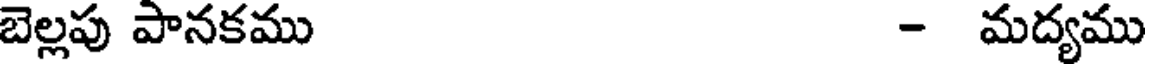
బెల్లపు పానకము - మద్యము